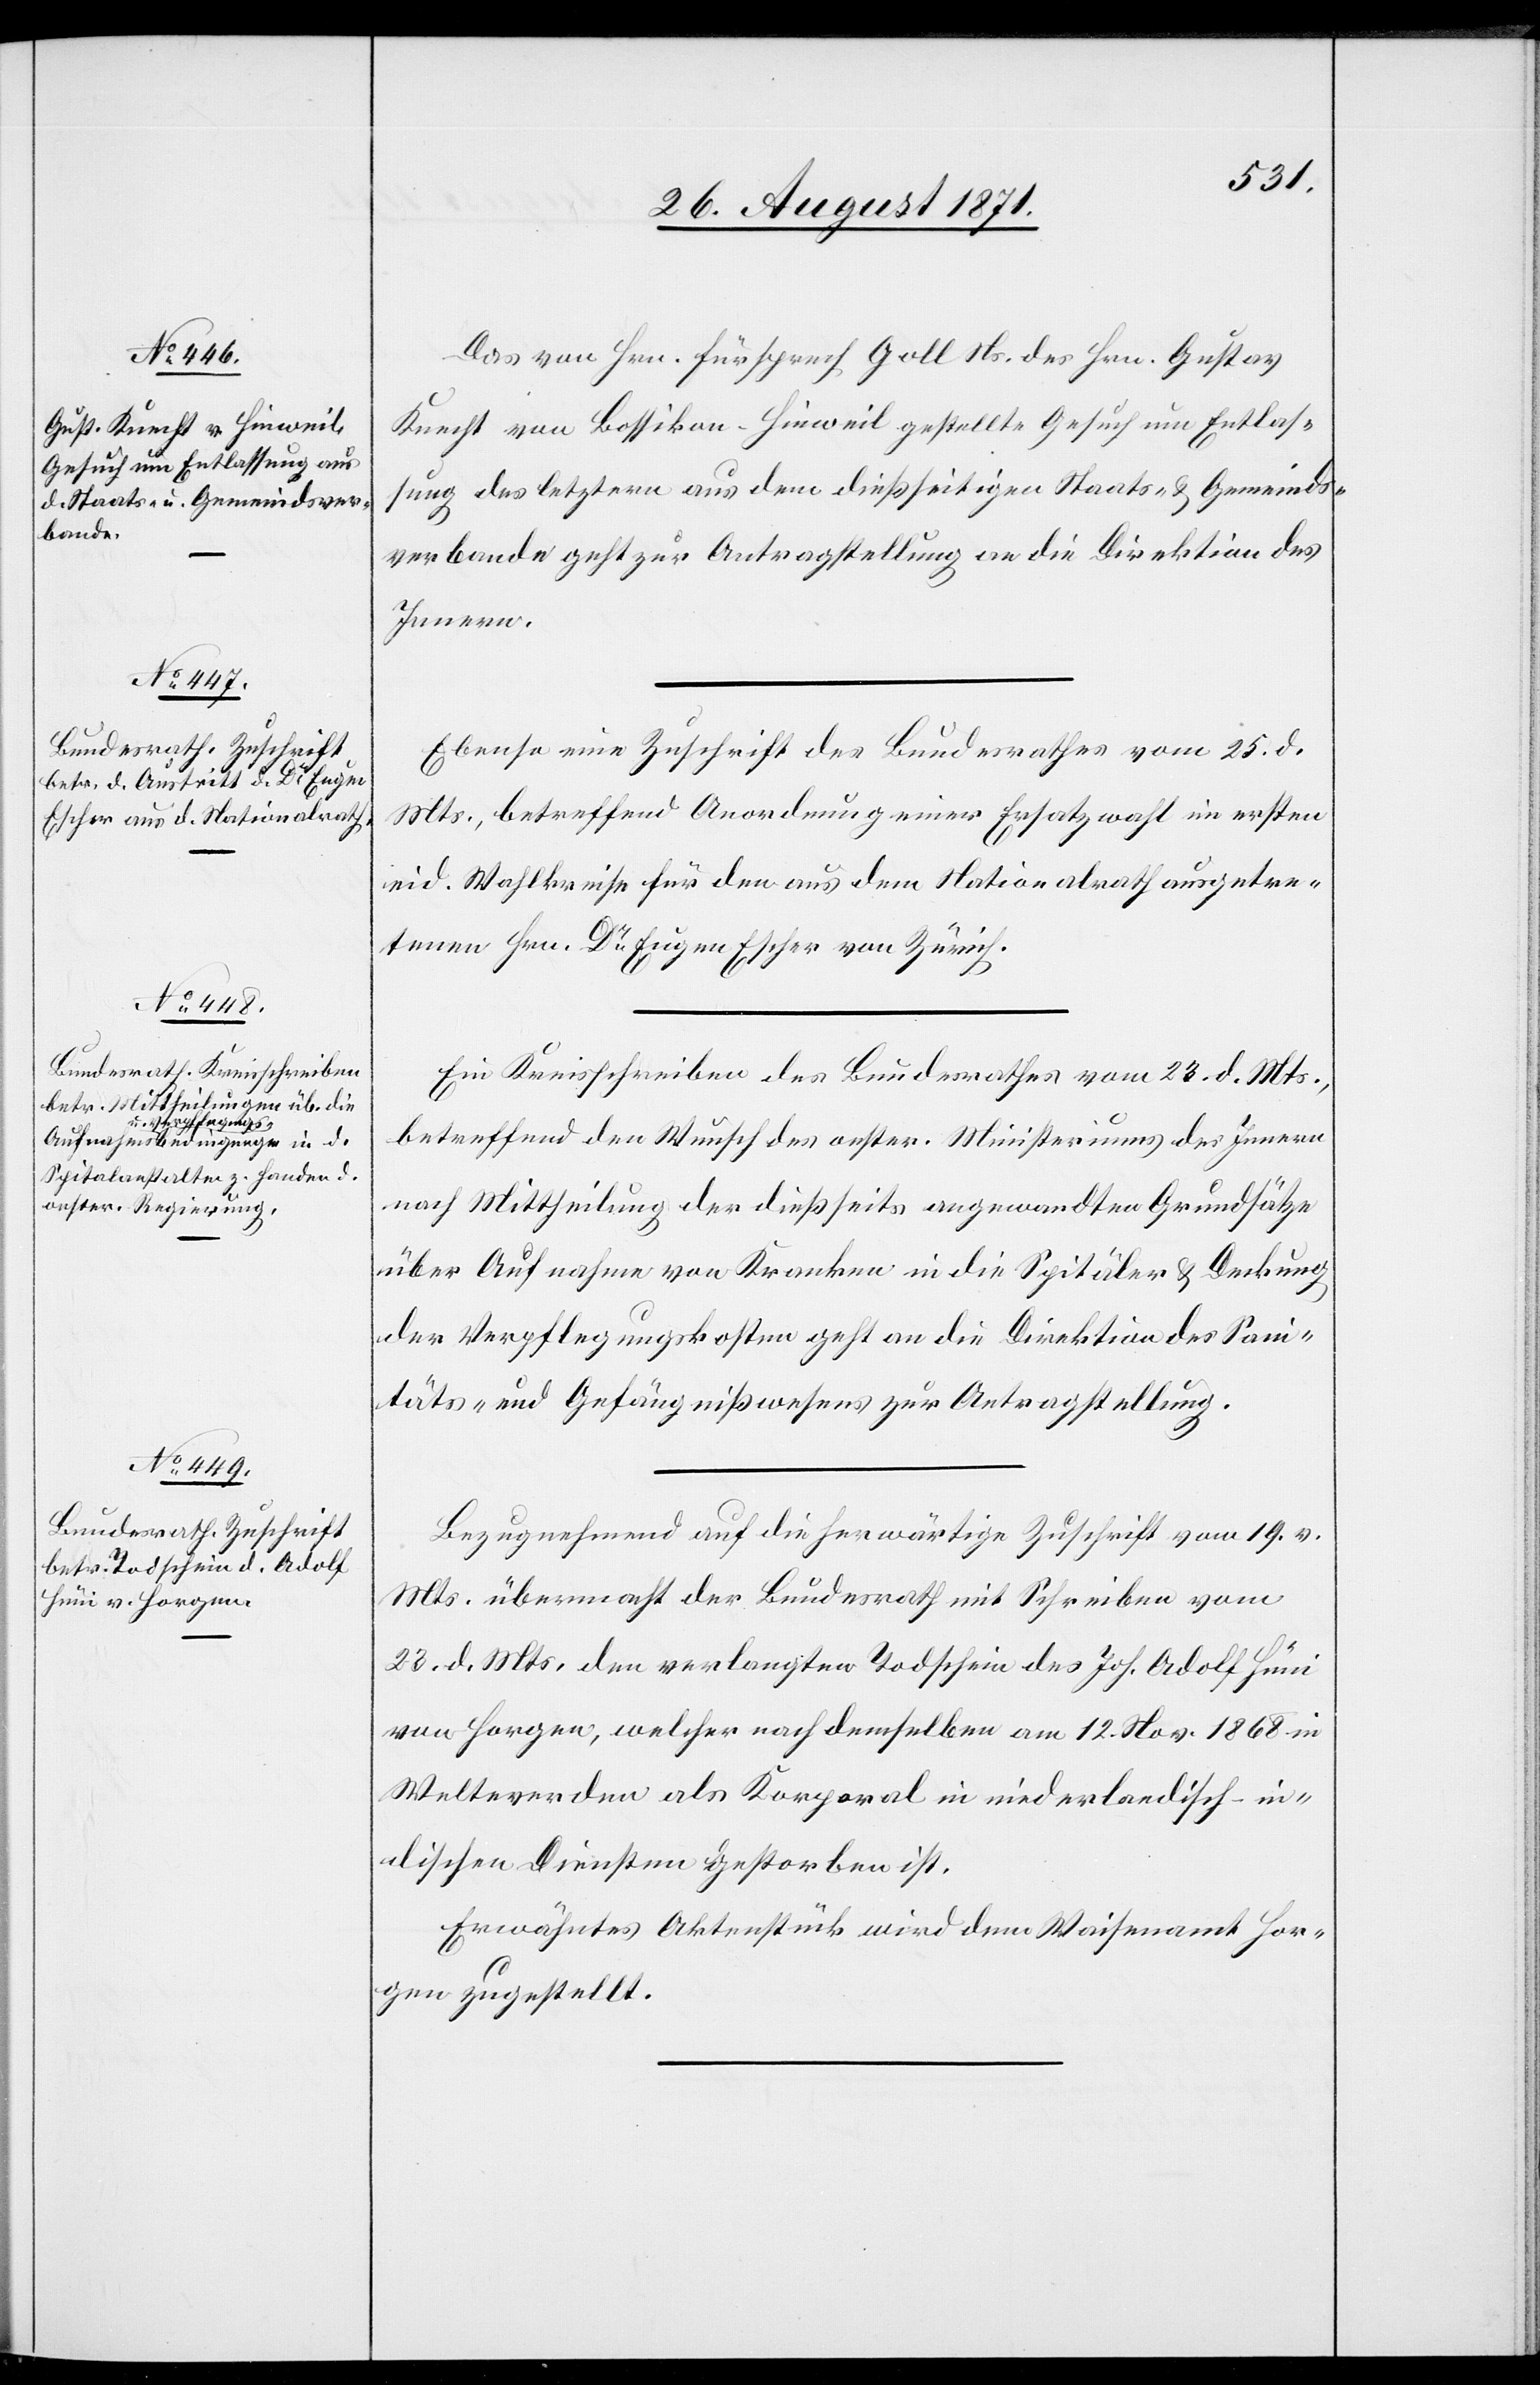
[Präsi¬
dial-Verfügungen.

26. August 1871.]
Das von Hrn. Fürsprech Goll Ns. des Hrn. Gustav
Knecht von Bossikon-Hinweil gestellte Gesuch um Entlas¬
sung des letzteren aus dem dießseitigen Staats- & Gemeinds¬
verbande geht zur Antragstellung an die Direktion des
Innern.
Ebenso eine Zuschrift des Bundesrathes vom 25. d.
Mts., betreffend Anordnung einer Ersatzwahl im ersten
eid. Wahlkreise für den aus dem Nationalrath ausgetre¬
tenen Hrn. Dr Eugen Escher von Zürich.
Ein Kreisschreiben des Bundesrathes vom 23. d. Mts.,
betreffend den Wunsch des oester. Ministeriums des Innern
nach Mittheilung der dießseits angewandten Grundsätze
über Aufnahme von Kranken in die Spitäler & Deckung
der Verpflegungskosten geht an die Direktion des Sani¬
täts- und Gefängnißwesens zur Antragstellung.
Bezugnehmend auf die herwärtige Zuschrift vom 19. v.
Mts. übermacht der Bundesrath mit Schreiben vom
23. d. Mts. den verlangten Todschein des Joh. Adolf Hüni
von Horgen, welcher nach demselben am 12. Nov. 1868 in
Weltevreden] als Korporal in niederlandisch-in¬
dischen Diensten gestorben ist.
Erwähntes Aktenstück wird dem Waisenamt Hor¬
gen zugestellt.